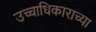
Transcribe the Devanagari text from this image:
उच्चाधिकाराच्या